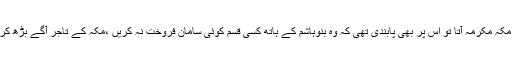
اگر کوئی قافلہ تجارت باہر سے مکہ مکرمہ آتا تو اس پر بھی پابندی تھی کہ وہ بنوہاشم کے ہاتھ کسی قسم کوئی سامان فروخت نہ کریں ،مکہ کے تاجر آگے بڑھ کر ان سے سارا سامان خرید لیتے ۔